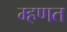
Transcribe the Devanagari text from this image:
म्‍हणत